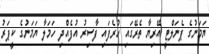
ޔަމަނުގެ ޕެނަލްޓީ އޭރިޔާ ތެރޭގައި ހުރެފައި ފާސިރު އުފެއްދި ހަމަލާ ޔަމަނުގެ ކީޕަރު